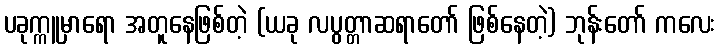
ပခုက္ကူမှာရော အတူနေဖြစ်တဲ့ (ယခု လပွတ္တာဆရာတော် ဖြစ်နေတဲ့) ဘုန်းတော် ကလေး